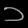
Digit: ၁